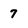
Character: 7